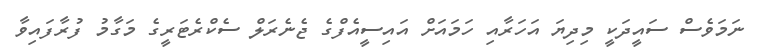
ނަމަވެސް ސައީދަކީ މިދިޔަ އަހަރާއި ހަމައަށް އައިސީއެފްގެ ޖެނެރަލް ސެކްރެޓަރީގެ މަގާމު ފުރާފައިވާ